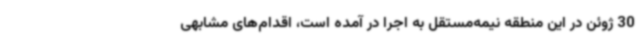
30 ژوئن در این منطقه نیمه‌مستقل به اجرا در آمده است، اقدام‌های مشابهی